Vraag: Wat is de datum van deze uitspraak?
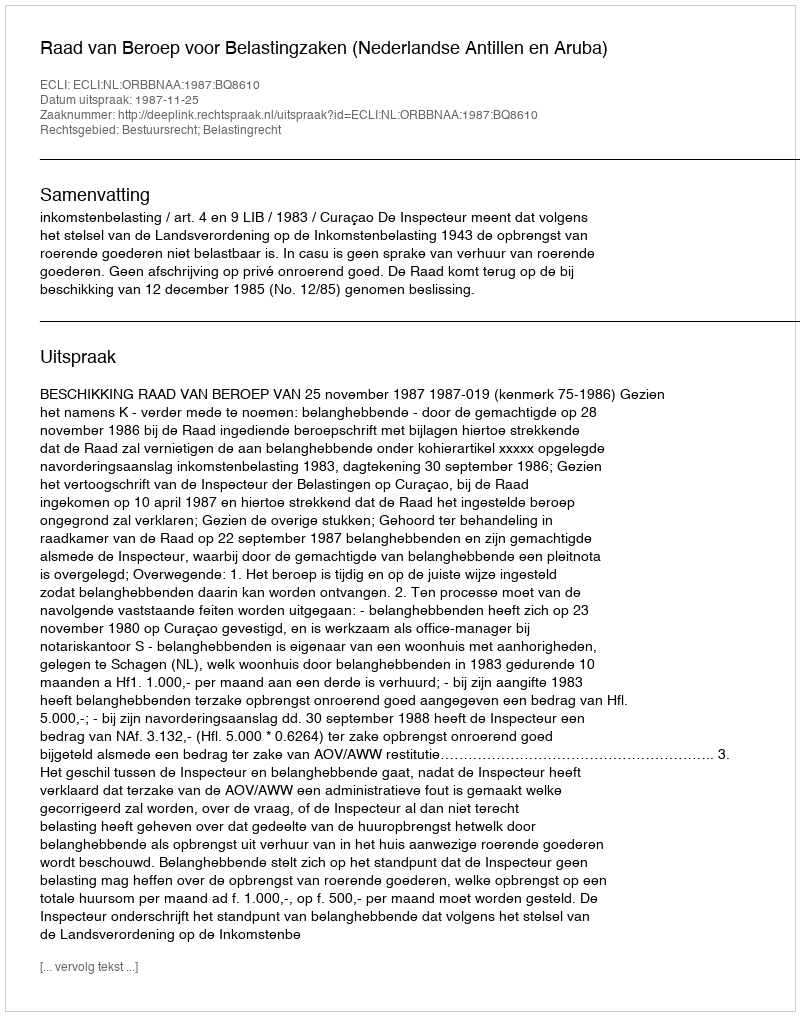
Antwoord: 1987-11-25